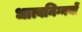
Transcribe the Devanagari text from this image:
धात्वनिग्नयों